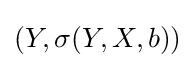
(Y,\sigma (Y,X,b))